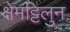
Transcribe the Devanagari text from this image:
क्षेमट्टिलुन